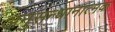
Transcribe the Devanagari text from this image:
अनुसन्धानात्मक